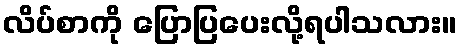
လိပ်စာကို ပြောပြပေးလို့ရပါသလား။